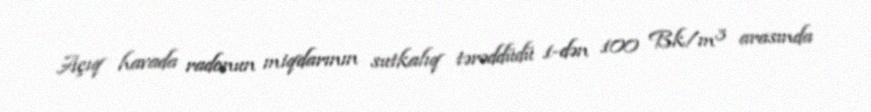
Açıq havada radonun miqdarının sutkalıq tərəddüdü 1-dən 100 Bk/m³ arasında